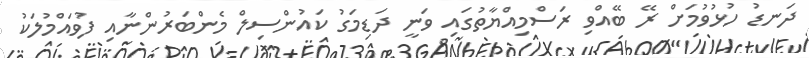
ދަނޑު ހުޅުވުމަށް ރޭ ބޭއްވި ރަސްމިއްޔާތުގައި ވަނީ ދަޑިމަގު ކައުންސިލް މެންބަރުންނާއި ފުވައްމުލަކު